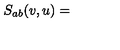
S _ { a b } ( v , u ) =